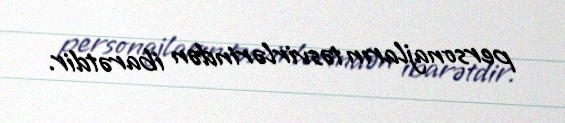
personajların təsvirlərindən ibarətdir.